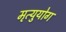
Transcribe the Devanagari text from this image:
मृत्युयोग